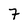
Character: 7